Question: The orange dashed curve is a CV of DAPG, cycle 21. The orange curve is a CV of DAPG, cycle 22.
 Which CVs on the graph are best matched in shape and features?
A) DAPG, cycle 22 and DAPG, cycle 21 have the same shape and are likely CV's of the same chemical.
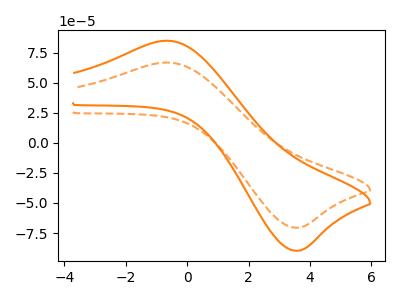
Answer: <think>The orange dashed curve "DAPG, cycle 21" has an anodic peak at (-0.70V, 66.75uA) and a cathodic peak at (3.65V, -70.50uA). The orange curve "DAPG, cycle 22" has an anodic peak at (-0.70V, 84.90uA) and a cathodic peak at (3.65V, -89.65uA).
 All the peaks in "DAPG, cycle 21" have a peak in "DAPG, cycle 22" at the same potential. Every peak in "DAPG, cycle 21" is lower than every peak in "DAPG, cycle 22".</think>
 <answer>A) "DAPG, cycle 22" and "DAPG, cycle 21" have the same shape and are likely CV's of the same chemical.</answer>
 <eval>A</eval>